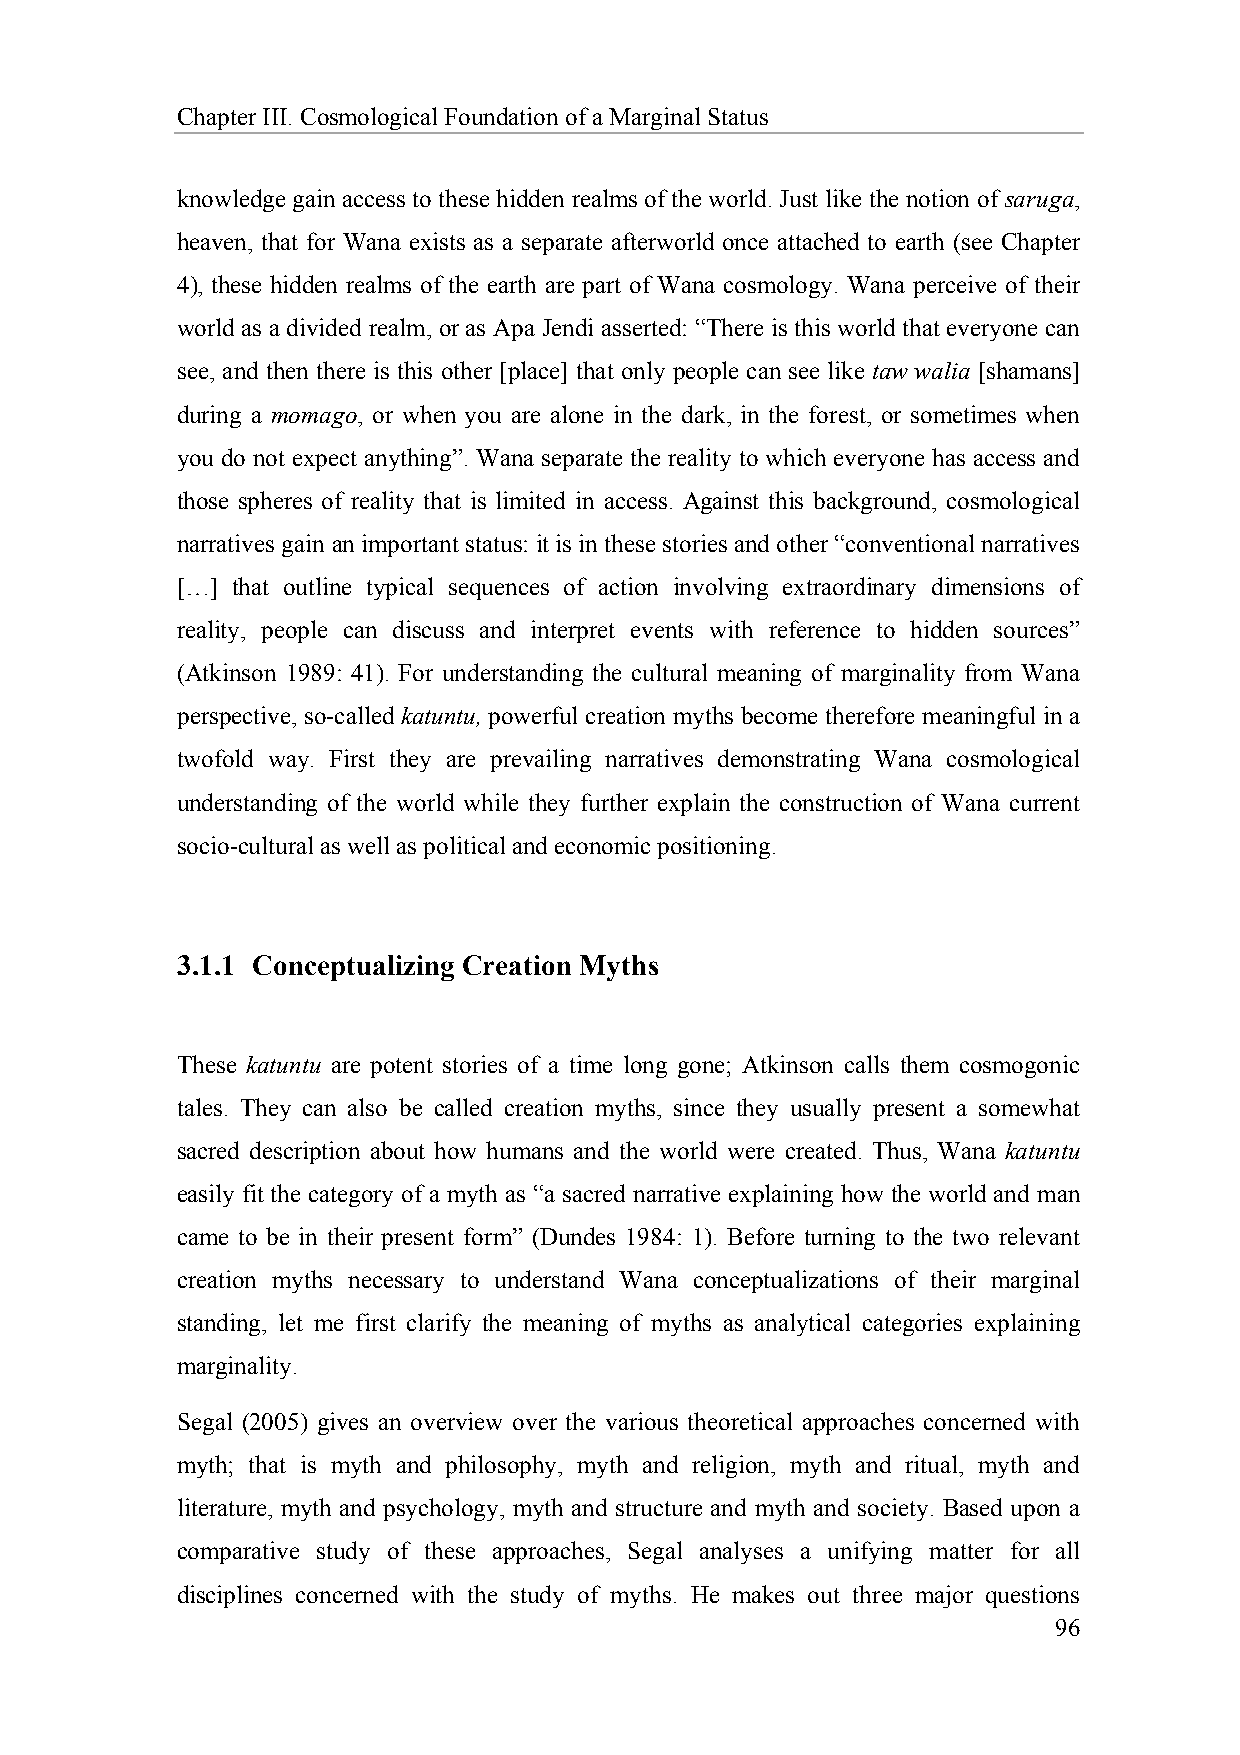
Chapter III. Cosmological Foundation of a Marginal Status
 knowledge gain access to these hidden realms of the world. Just like the notion of saruga,
 heaven, that for Wana exists as a separate afterworld once attached to earth (see Chapter
 4), these hidden realms of the earth are part of Wana cosmology. Wana perceive of their
 world as a divided realm, or as Apa Jendi asserted: “There is this world that everyone can
 see, and then there is this other [place] that only people can see like taw walia [shamans]
 during a momago, or when you are alone in the dark, in the forest, or sometimes when
 you do not expect anything”. Wana separate the reality to which everyone has access and
 those spheres of reality that is limited in access. Against this background, cosmological
 narratives gain an important status: it is in these stories and other “conventional narratives
 […] that outline typical sequences of action involving extraordinary dimensions of
 reality, people can discuss and interpret events with reference to hidden sources”
 (Atkinson 1989: 41). For understanding the cultural meaning of marginality from Wana
 perspective, so-called katuntu, powerful creation myths become therefore meaningful in a
 twofold way. First they are prevailing narratives demonstrating Wana cosmological
 understanding of the world while they further explain the construction of Wana current
 socio-cultural as well as political and economic positioning.
 3.1.1 Conceptualizing Creation Myths
 These katuntu are potent stories of a time long gone; Atkinson calls them cosmogonic
 tales. They can also be called creation myths, since they usually present a somewhat
 sacred description about how humans and the world were created. Thus, Wana katuntu
 easily fit the category of a myth as “a sacred narrative explaining how the world and man
 came to be in their present form” (Dundes 1984: 1). Before turning to the two relevant
 creation myths necessary to understand Wana conceptualizations of their marginal
 standing, let me first clarify the meaning of myths as analytical categories explaining
 marginality.
 Segal (2005) gives an overview over the various theoretical approaches concerned with
 myth; that is myth and philosophy, myth and religion, myth and ritual, myth and
 literature, myth and psychology, myth and structure and myth and society. Based upon a
 comparative study of these approaches, Segal analyses a unifying matter for all
 disciplines concerned with the study of myths. He makes out three major questions
 96